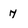
Character: 7